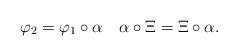
LaTeX: \begin{align*}\varphi_2=\varphi_1\circ \alpha\quad\alpha\circ\Xi=\Xi\circ\alpha.\end{align*}